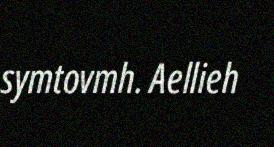
symtovmh. Aellieh